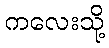
ကလေးသို့